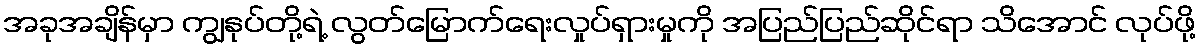
အခုအချိန်မှာ ကျွနုပ်တို့ရဲ့ လွတ်မြောက်ရေးလှုပ်ရှားမှုကို အပြည်ပြည်ဆိုင်ရာ သိအောင် လုပ်ဖို့